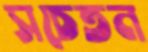
সচেতন